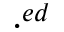
\cdot ^ { e d }